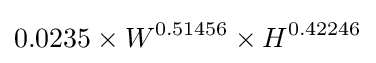
0.0235\times W^{0.51456}\times H^{0.42246}